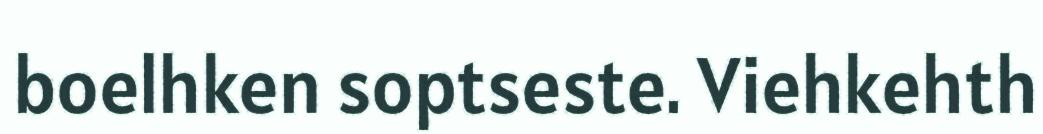
boelhken soptseste. Viehkehth